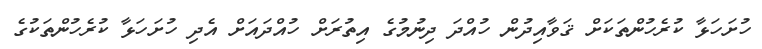
ހުށަހަޅާ ކުރެހުންތަކަށް ޤަވާއިދުން ހުއްދަ ދިނުމުގެ އިތުރަށް ހުއްދައަށް އެދި ހުށަހަޅާ ކުރެހުންތަކުގެ